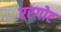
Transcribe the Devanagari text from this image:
एरगोट